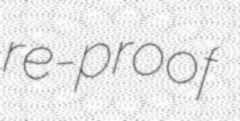
re-proof